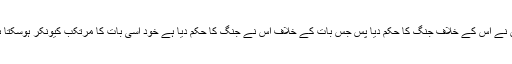
قرآن نے اس کے خلاف جنگ کا حکم دیا پس جس بات کے خلاف اس نے جنگ کا حکم دیا ہے خود اسی بات کا مرتکب کیونکر ہوسکتا ہے؟